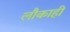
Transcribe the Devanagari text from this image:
लौकाही